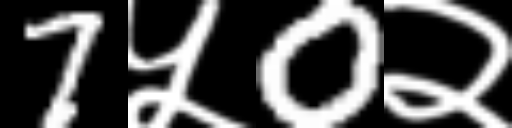
Text: 7५0२